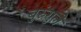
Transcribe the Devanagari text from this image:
बुरुंगुले